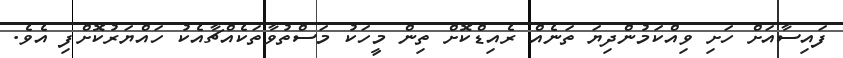
ފައިސާއަށް ހަށި ވިއްކަމުންދިޔަ ތަނެއް ރެއިޑްކޮށް ތިން މީހަކު މަސްތުވާތަކެއްޗާއެކު ހައްޔަރުކޮށްފި އެވެ.